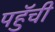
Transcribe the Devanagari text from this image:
पहुॅची